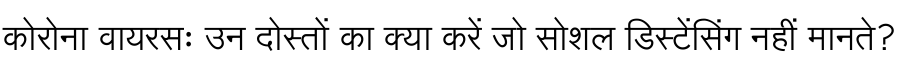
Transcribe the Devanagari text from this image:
कोरोना वायरसः उन दोस्तों का क्या करें जो सोशल डिस्टेंसिंग नहीं मानते?